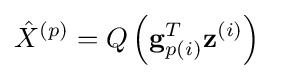
{\hat {X}}^{(p)}=Q\left(\mathbf {g} _{p(i)}^{T}\mathbf {z} ^{(i)}\right)\quad